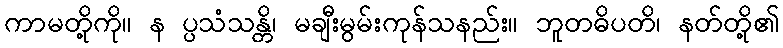
ကာမတို့ကို။ န ပ္ပသံသန္တိ၊ မချီးမွမ်းကုန်သနည်း။ ဘူတဓိပတိ၊ နတ်တို့၏